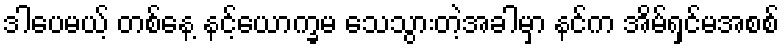
ဒါပေမယ့် တစ်နေ့ နင့်ယောက္ခမ သေသွားတဲ့အခါမှာ နင်က အိမ်ရှင်မအစစ်